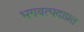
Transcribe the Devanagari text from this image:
भगवत्पदाप्रत